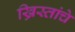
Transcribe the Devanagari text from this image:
ख्रिस्तांचे